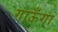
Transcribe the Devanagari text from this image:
गाऊँगा